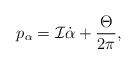
LaTeX: \begin{align*}p_{\alpha }={\cal I}\dot{\alpha}+\frac{\Theta}{2\pi},\end{align*}